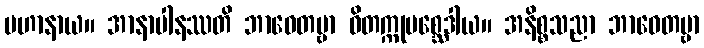
ပဟာနာယ။ အာနာပါနဿတိ ဘာဝေတဗ္ဗာ ဝိတက္ကုပစ္ဆေဒါယ။ အနိစ္စသညာ ဘာဝေတဗ္ဗာ